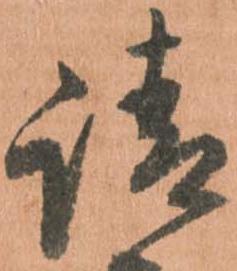
請